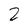
Character: 2